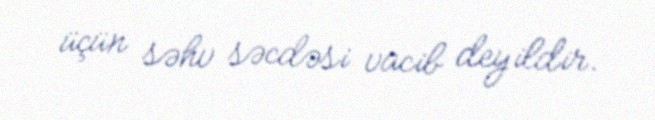
üçün səhv səcdəsi vacib deyildir.